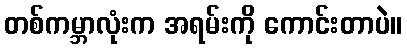
တစ်ကမ္ဘာလုံးက အရမ်းကို ကောင်းတာပဲ။